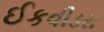
ઈકવીડસ